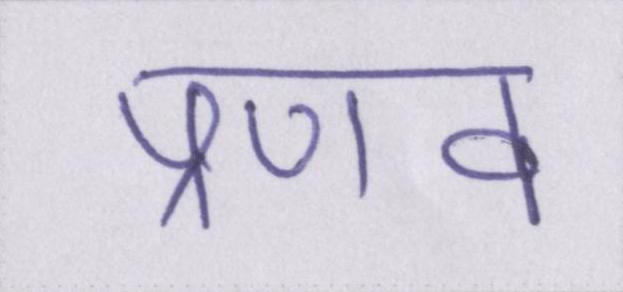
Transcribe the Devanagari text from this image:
प्रणव